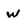
Character: w